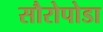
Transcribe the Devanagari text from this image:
सौरोपोडा